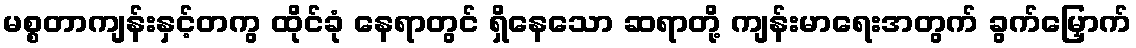
မစ္စတာကျန်းနှင့်တကွ ထိုင်ခုံ နေရာတွင် ရှိနေသော ဆရာတို့ ကျန်းမာရေးအတွက် ခွက်မြှောက်